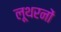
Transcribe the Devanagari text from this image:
लूथरनों